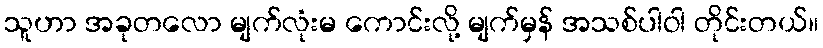
သူဟာ အခုတလော မျက်လုံးမ ကောင်းလို့ မျက်မှန် အသစ်ပါဝါ တိုင်းတယ်။